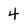
Character: 4